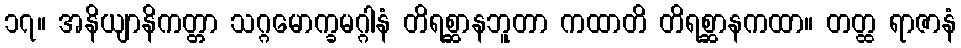
၁၇။ အနိယျာနိကတ္တာ သဂ္ဂမောက္ခမဂ္ဂါနံ တိရစ္ဆာနဘူတာ ကထာတိ တိရစ္ဆာနကထာ။ တတ္ထ ရာဇာနံ